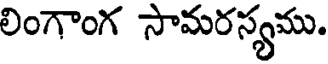
లింగాంగ సామరస్యము.